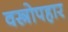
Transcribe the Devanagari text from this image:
वस्त्रोपहार